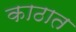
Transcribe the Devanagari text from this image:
काठात